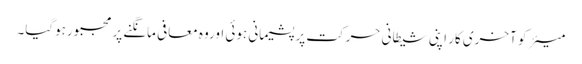
میئر کو آخری کار اپنی شیطانی حرکت پر پشیمانی ہوئی اوروہ معافی مانگنے پر مجبورہوگیا۔